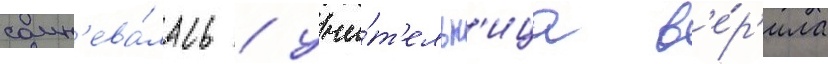
сомн'ева́лась / учи́т'ельн'ица в'е́р'ила